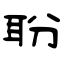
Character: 聁